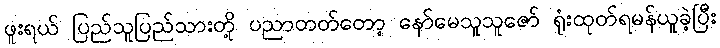
ဖူးရယ် ပြည်သူပြည်သားတို့ ပညာတတ်တော့ နော်မေသူသူဇော် ရုံးထုတ်ရမန်ယူခဲ့ပြီး